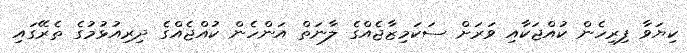
ކިޔަވާ ފިރިހެން ކުއްޖަކާއި ވަރަށް ސަކަމިޒާޖެއްގެ ލާނަތް އަންހެން ކުއްޖެއްގެ ދިރިއުޅުމުގެ ތެރޭގައި